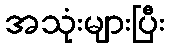
အသုံးများပြီး